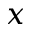
\boldsymbol { x }